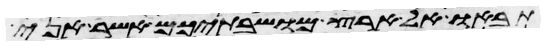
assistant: תבאו אל ארץ מושבתיכם אשר אני